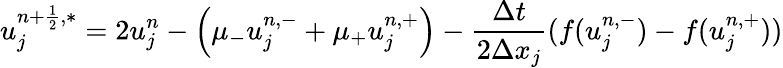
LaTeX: u_{j}^{n+\frac{1}{2},\ast}=2u_{j}^{n}-\left(\mu_{-}u_{j}^{n,-}+\mu_{+}u_{j}^{n,+}\right)-\frac{\Delta t}{2\Delta x_{j}}(f(u_{j}^{n,-})-f(u_{j}^{n,+}))